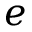
e